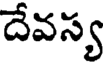
దేవస్య